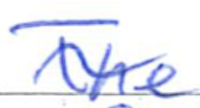
Text: The
Cross-out: wave
Writing tool: ballpoint